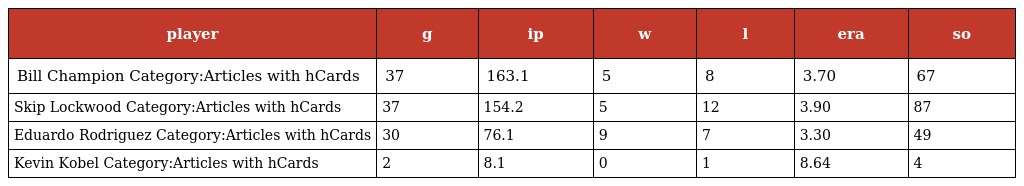
| player | g | ip | w | l | era | so |
 | --- | --- | --- | --- | --- | --- | --- |
 | Bill Champion Category:Articles with hCards | 37 | 163.1 | 5 | 8 | 3.70 | 67 |
 | Skip Lockwood Category:Articles with hCards | 37 | 154.2 | 5 | 12 | 3.90 | 87 |
 | Eduardo Rodriguez Category:Articles with hCards | 30 | 76.1 | 9 | 7 | 3.30 | 49 |
 | Kevin Kobel Category:Articles with hCards | 2 | 8.1 | 0 | 1 | 8.64 | 4 |